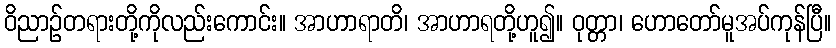
ဝိညာဉ်တရားတို့ကိုလည်းကောင်း။ အာဟာရာတိ၊ အာဟာရတို့ဟူ၍။ ဝုတ္တာ၊ ဟောတော်မူအပ်ကုန်ပြီ။